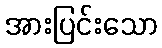
အားပြင်းသော